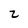
Character: Z